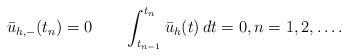
LaTeX: \begin{align*}\bar u_{h,-}(t_{n})=0\quad\quad\int_{t_{n-1}}^{t_n} \bar u_h(t)\, dt=0,n=1,2,\dots.\end{align*}